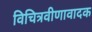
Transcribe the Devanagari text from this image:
विचित्रवीणावादक